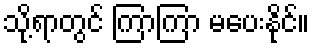
သို့ရာတွင် ကြာကြာ မပေးနိုင်။